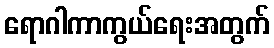
ရောဂါကာကွယ်ရေးအတွက်